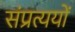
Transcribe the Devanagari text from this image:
संप्रत्ययों